system: You are a helpful assistant.
user:
Analyze the provided spectrum to determine if it is a **S-type Star**.

- **Key Indicators for S-type Star:**

    - **(Overall Spectrum Shape):** The first and most obvious characteristic is the overall continuum (the "baseline" shape). It is **extremely "red-sloping,"** meaning the flux (light intensity) is very low on the left side (blue, ~4000-4500 Å) and rises steeply and continuously toward the right side (red, ~7000 Å+).

    - **(Primary):** The spectrum is defined by the presence of strong, broad molecular absorption "valleys" (bands) from **Zirconium Oxide (ZrO)**. The identification of these bands is the **primary requirement** for classifying a star as S-type.
        - **(Key Bandheads):** You must find distinct, deep "dips" where the light has been absorbed. The most critical band systems to locate are:
            - **~6474 Å** ($\gamma$-system): This is often the strongest and clearest ZrO feature, found in the red part of the spectrum.
            - **~5718 Å** & **~5551 Å** ($\beta$-system): A pair of prominent absorption features in the yellow-orange part of the spectrum.
            - **~4640 Å** ($\alpha$-system): A key absorption band system in the blue-green region of the spectrum.

    - **(Secondary Confirmation):** The classification is strengthened by finding additional absorption bands from other related heavy element oxides, which are expected to be present alongside ZrO.
        - **(Key Bandheads):**
            - **Yttrium Oxide (YO):** Look for absorption dips near **~4800 Å** and **~6100 Å**.
            - **Lanthanum Oxide (LaO):** Additional absorption features, particularly in the red-orange part of the spectrum, are also characteristic.

    - **(Line Profile):** The combination of the steep red continuum and these numerous, deep molecular bands (ZrO, YO, etc.) gives the entire spectrum a very **"chopped-up"** or **"bumpy"** appearance. Instead of a smooth curve, the spectrum looks as though large, wide chunks of light have been "carved out" of it at the specific wavelengths listed above.

Think first, call **spectral_visualization_tool** if needed to examine features in detail, then provide your final answer. Your response must adhere to the following strict rules:
1.  **Overall Structure:** Your response must follow the format `<think>...</think> <tool_call>...</tool_call> (if a tool is used) <answer>...</answer>`.
2.  **Tool Usage Constraint:** You may only make **one** tool call per turn.
3.  **Final Answer Format:** In the `<answer>` tag, your conclusion must be inside a `\boxed{}` command (e.g., `\boxed{YES}` or `\boxed{NO}`), followed by your justification.

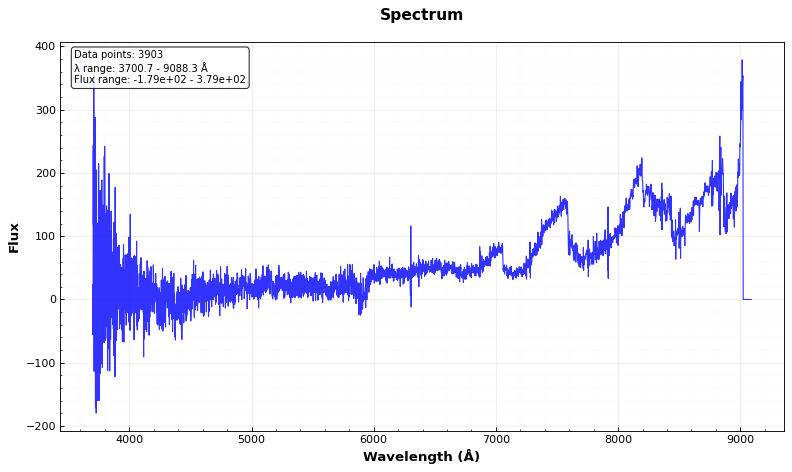
Answer: NO